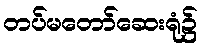
တပ်မတော်ဆေးရုံ၌